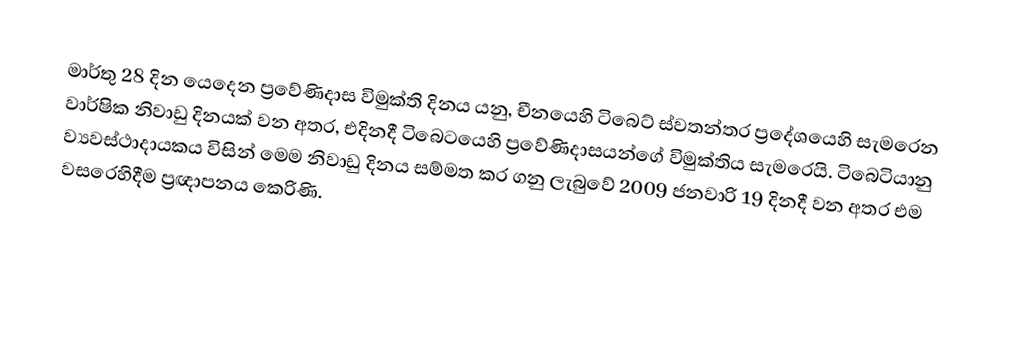
මාර්තු 28 දින යෙදෙන ප්‍රවේණිදාස විමුක්ති දිනය යනු, චීනයෙහි  ටිබෙට් ස්වතන්ත‍්‍ර ප්‍රදේශයෙහි සැමරෙන වාර්ෂික නිවාඩු දිනයක් වන අතර, එදිනදී  ටිබෙටයෙහි  ප්‍රවේණිදාසයන්ගේ විමුක්තිය සැමරෙයි. ටිබෙටියානු ව්‍යවස්ථාදායකය විසින් මෙම නිවාඩු දිනය සම්මත කර ගනු ලැබුවේ 2009 ජනවාරි 19 දිනදී වන අතර එම වසරෙහිදීම ප්‍රඥාපනය කෙරිණි.